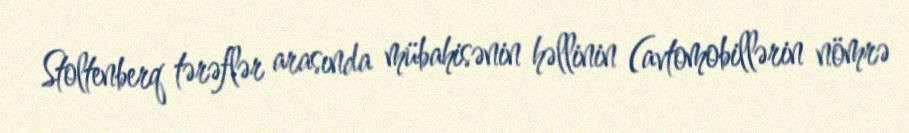
Stoltenberq tərəflər arasında mübahisənin həllinin (avtomobillərin nömrə